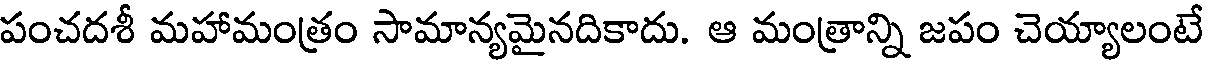
పంచదశీ మహామంత్రం సామాన్యమైనదికాదు. ఆ మంత్రాన్ని జపం చెయ్యాలంటే